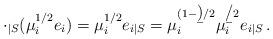
LaTeX: \begin{align*} \cdot_{|S}(\mu_i^{1/2}e_i) = \mu_i^{1/2}e_{i|S} = \mu_i^{(1-\b)/2} \mu_i^{\b/2} e_{i|S} \, .\end{align*}